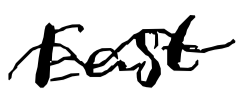
Text: East
Cross-out: wave
Writing tool: digital_black